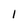
Character: I